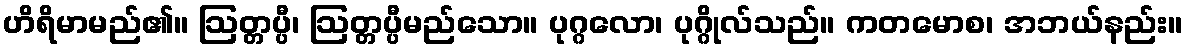
ဟိရိမာမည်၏။ ဩတ္တပ္ပီ၊ ဩတ္တပ္ပီမည်သော။ ပုဂ္ဂလော၊ ပုဂ္ဂိုလ်သည်။ ကတမောစ၊ အဘယ်နည်း။